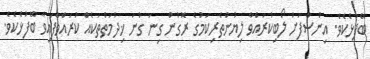
ބޭފުޅެކެވެ. އިންސާފަށް ލޯބިކުރައްވާ ލިޔުންތެރިކަމުގެ ރޮގުން ގިނަ ގުނަ ޚިދުމަތްތަކެއް ކުރައްވާފައިވާ ބޭފުޅެކެވެ.